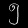
Digit: ၅